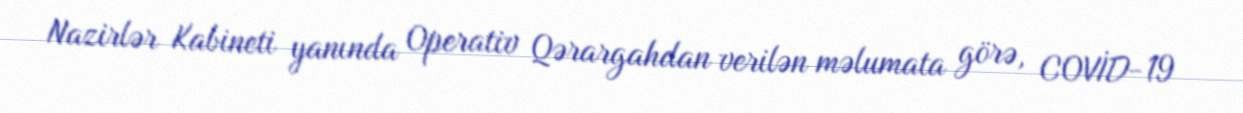
Nazirlər Kabineti yanında Operativ Qərargahdan verilən məlumata görə, COVİD-19